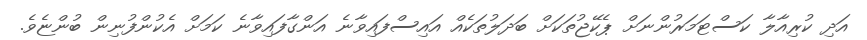
އަދި ކުރިއާލާ ކަސްޓަމަރުންނަށް ޕެކޭޖުތަކަށް ބަދަލުތަކެއް އައިސްފައިވާނެ އަންގާފައިވާނެ ކަމަށް އެކުންފުނިން ބުންޏެވެ.